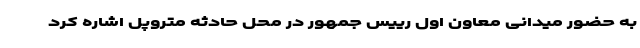
به حضور میدانی معاون اول رییس جمهور در محل حادثه متروپل اشاره کرد